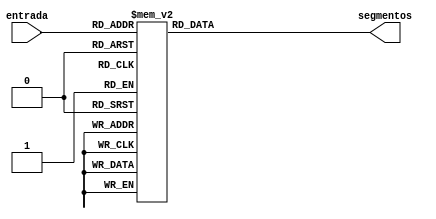
`timescale 1ns / 1ps


module BCD_7seg(
    input [3:0] entrada,
    output reg [6:0] segmentos
    );
    
    always @(entrada)
    begin
        case(entrada)
                                        //abcdefg
            4'b0000 : segmentos[6:0]<= 7'b0000001;//0
            4'b0001 : segmentos[6:0]<= 7'b1001111;//1
            4'b0010 : segmentos[6:0]<= 7'b0010010;//2
            4'b0011 : segmentos[6:0]<= 7'b0000110;//3
            4'b0100 : segmentos[6:0]<= 7'b1001100;//4
            4'b0101 : segmentos[6:0]<= 7'b0100100;//5
            4'b0110 : segmentos[6:0]<= 7'b0100000;//6
            4'b0111 : segmentos[6:0]<= 7'b0001111;//7
            4'b1000 : segmentos[6:0]<= 7'b0000000;//8
            4'b1001 : segmentos[6:0]<= 7'b0000100;//9
            default : segmentos[6:0]<= 7'bxxxxxxx; //Datos que no representan ningun nmero
         endcase 
    end
endmodule